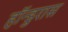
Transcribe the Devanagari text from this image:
हॉन्डुरास